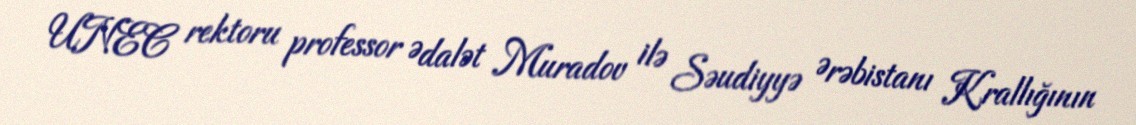
UNEC rektoru professor Ədalət Muradov ilə Səudiyyə Ərəbistanı Krallığının